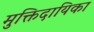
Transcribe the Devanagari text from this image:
मुक्तिदायिका